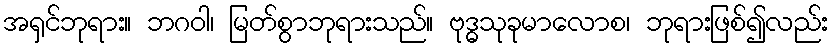
အရှင်ဘုရား။ ဘဂဝါ၊ မြတ်စွာဘုရားသည်။ ဗုဒ္ဓသုခုမာလောစ၊ ဘုရားဖြစ်၍လည်း